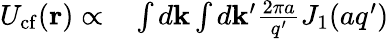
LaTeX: \begin{array}{rl}{U_{\mathrm{cf}}(\mathbf{r})\propto}&{{}\int d\mathbf{k}\int d\mathbf{k}^{\prime}\frac{2\pi a}{q^{\prime}}J_{1}(aq^{\prime})}\end{array}